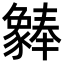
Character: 𬥆